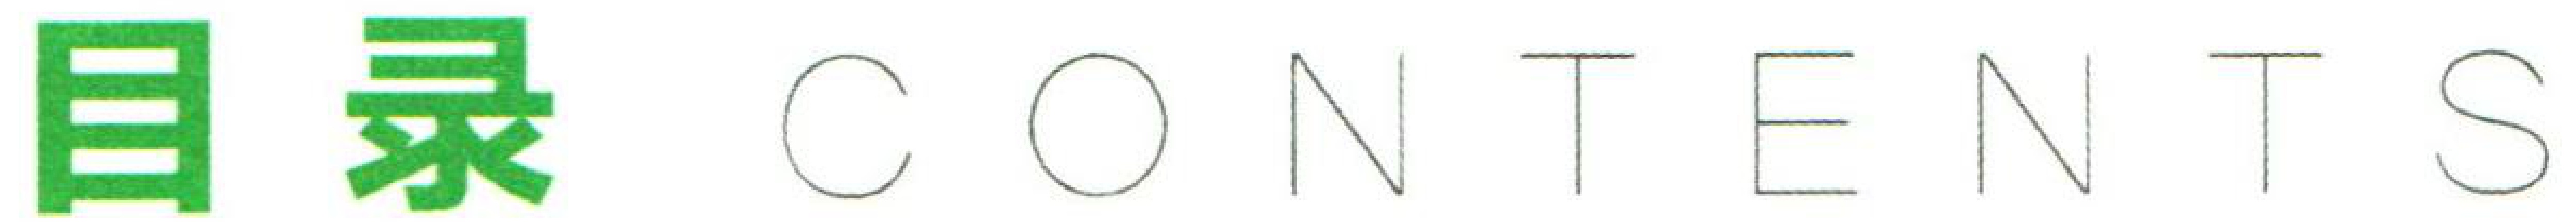
\textbf{目录} \textbf{CONTENTS}